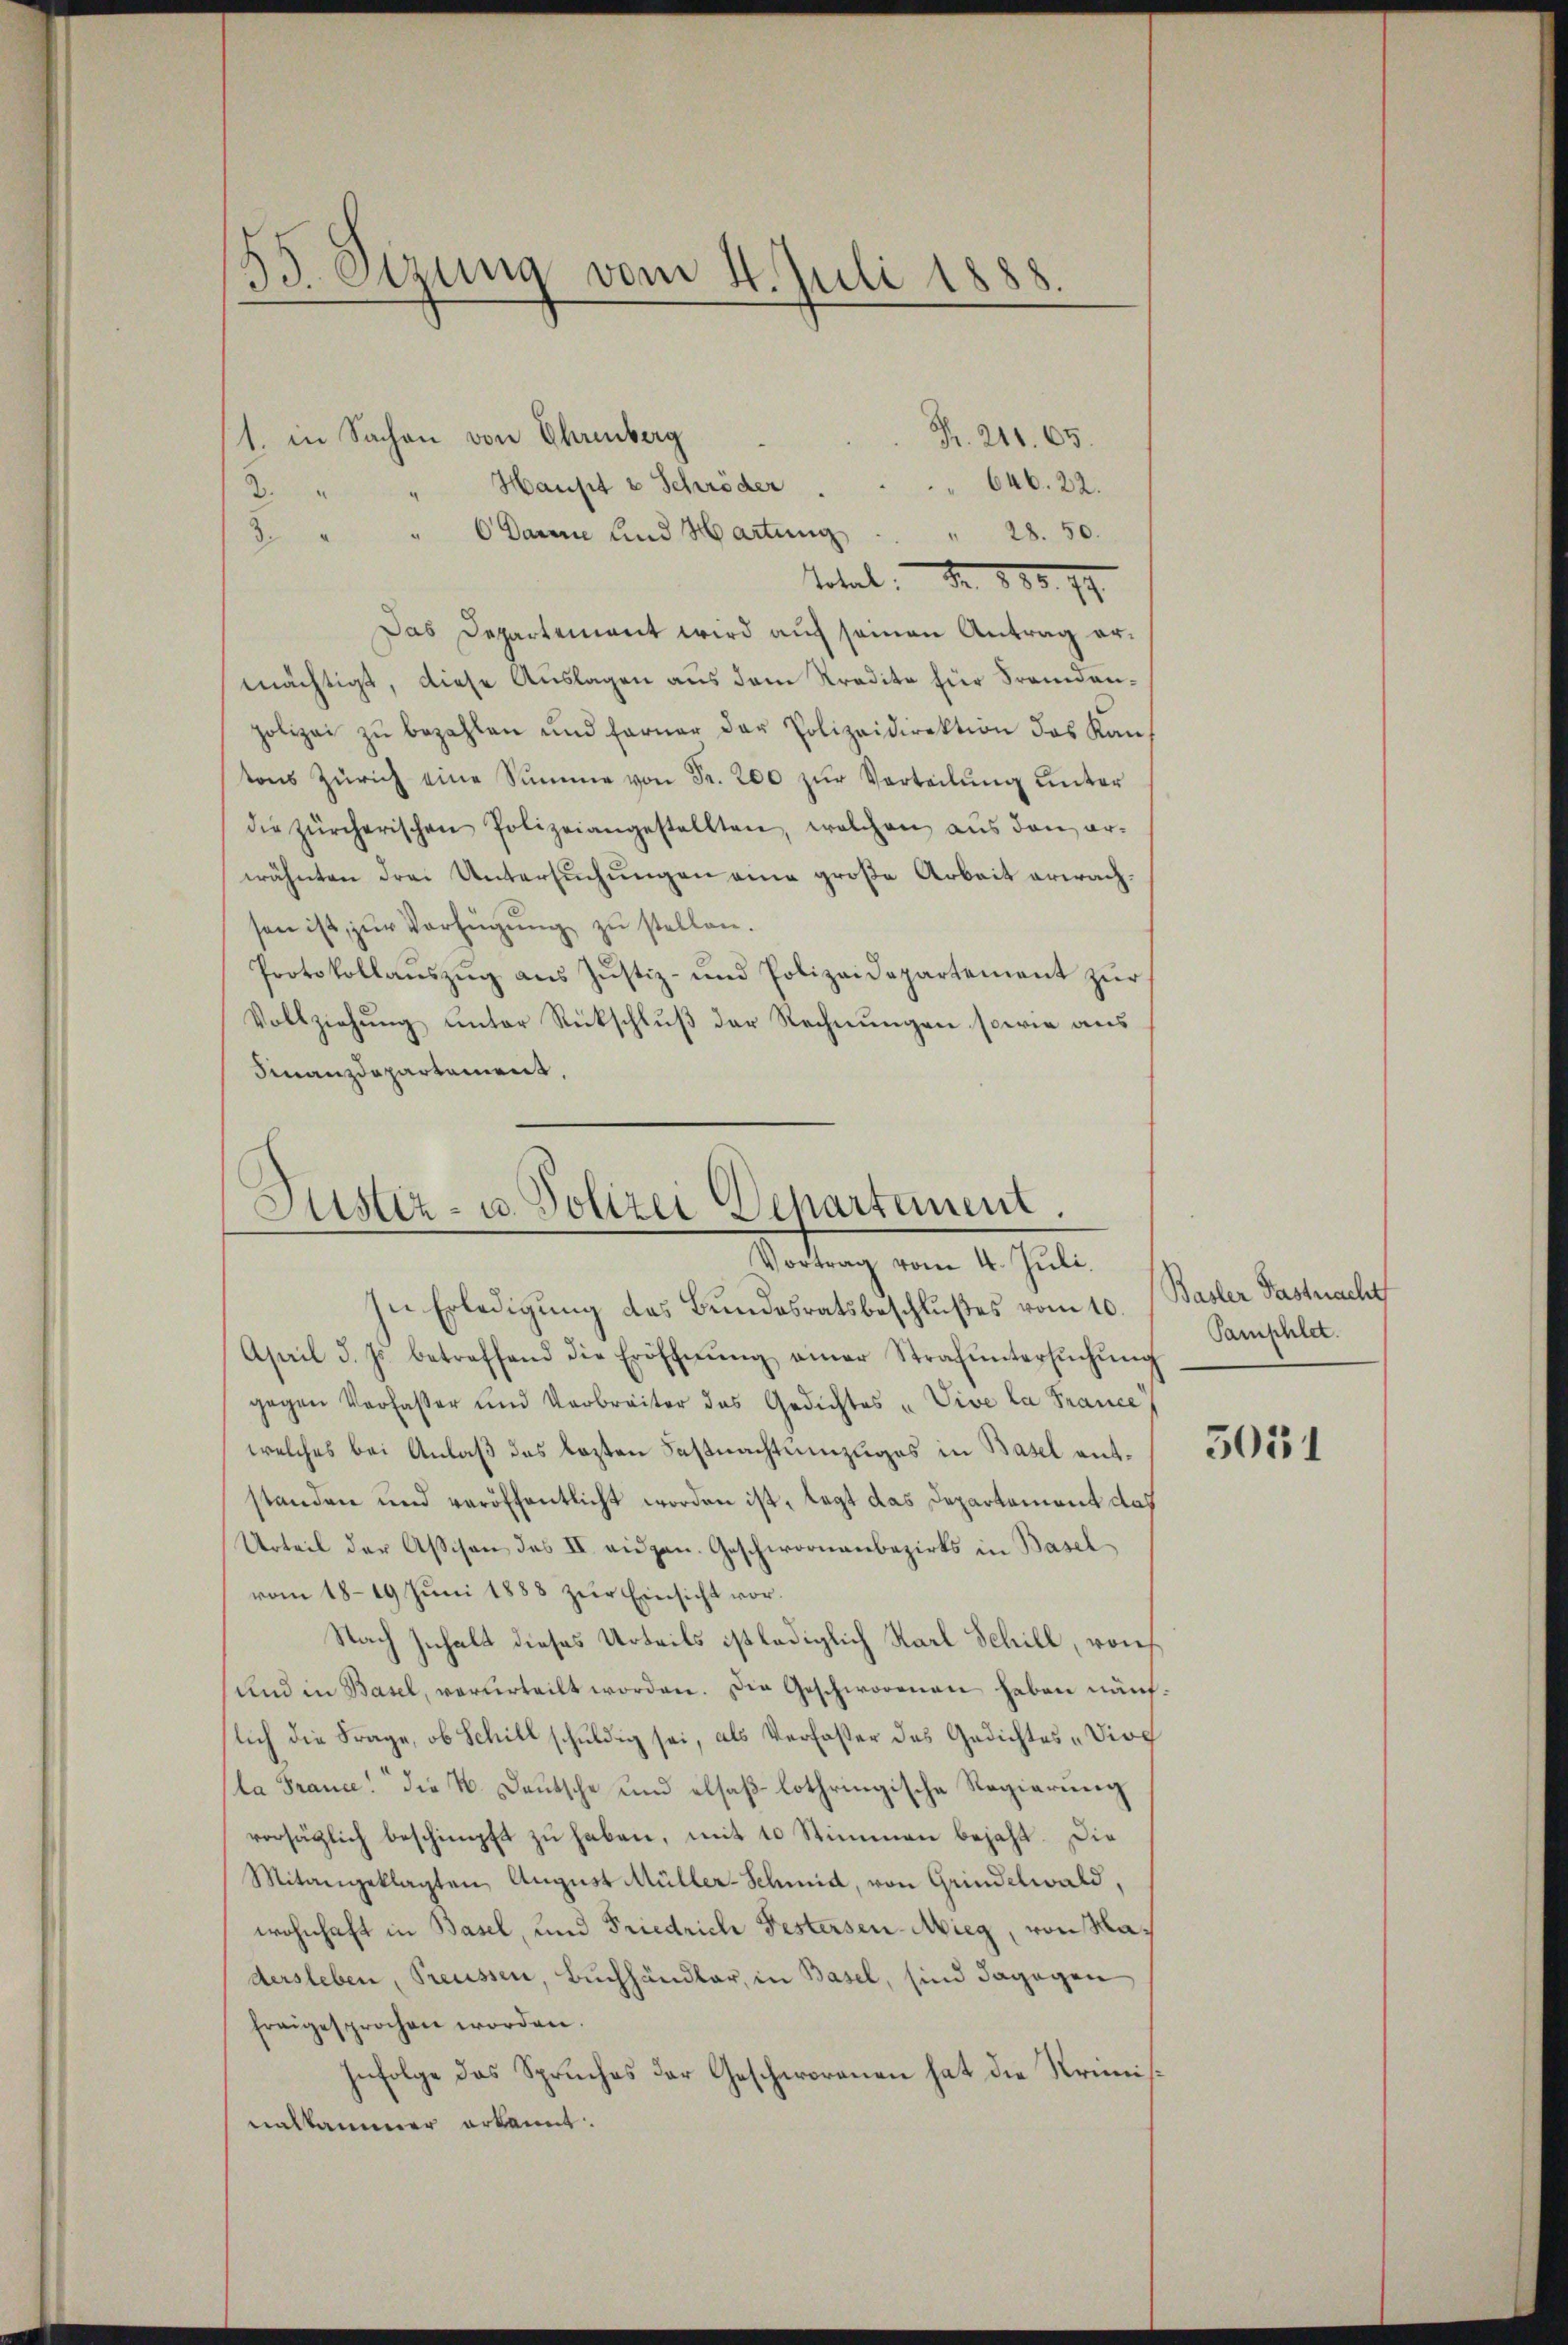
53. Sizung vom 4. Juli 1888.

1. in Sachen von Ehrenberg
R. 211. 65.
646. 22.
2. " " Haust u Schröder
3. " " 6 Darine Lind Hartung . . . 28. 50.
Total. S. 885. 17
Das Departement wird auf seinen Antrag ermächtigt, diese Auslagen aus dem Kredite für Fremdenpolizei zŭ bezahlen und ferner der Polizeidirektion das Kan-
tons Zürich eine Summe von Fr. 200 zŭr Vorteilung unter
die zürcherischen Polizeiangestellten, welchen aŭs den er-
wähnten drei Untersuchungen eine große Arbeit erwachsen ist, zŭr Verfügŭng zŭ stellen.
Protokollaŭszŭg aŭs Jŭstiz- und Polizeidepartement zŭr
Vollziehung unter Rückschluß der Rechnungen sowie aus
Finanzdepartement,

.
Justiz- u. Polizei Departement.
Vortrag vom 4. Juli.

In Erledigung das Bundesratsbeschlußes vom 10.
Asail d. Js. betreffend die Eröffnŭng einer Strafŭntersŭchŭng
gegen Verfasser und Verbreiter das Gedichtes „Vive la France,
welches bei Anlaß des lezten Fastnachteinzuges in Basel entstanden und veröffentlicht worden ist, legt das Departement das
Urteil der Assison des IV eidgen. Geschwornenbezirks in Basel
vom 1819 Juni 1888 zur Einsicht vor¬
Nach Inhalt dieses Urteils ist lediglich Karl Schill, von
und in Basel, verurteilt worden. Die Geschworenen haben näuflich die Frage, ob Schill schuldig sei, als Verfaster des Gedichtes „Diela France die N. Deutsche und elsaß lothringische Regierung
vorsätzlich beschimpft zŭ haben, mit 10 Stimmen bejaht. Die
Mitangeklagten Aŭgŭst Müller-Schmid, von Grindelwald,
wohnhaft in Basel, und Friedrich Festersen-Nieg, von Madersleben, Preussen, Buchhändler, in Basel, sind dagegen
freigesprochen worden.
Infolge das Spruches der Geschworenen hat die Krimisnalkammer erkannt.

Basler Fastnacht
Pamphlet.

5031